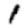
Digit: 1